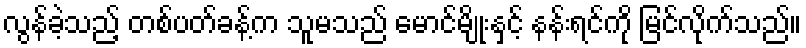
လွန်ခဲ့သည့် တစ်ပတ်ခန့်က သူမသည် မောင်မျိုးနှင့် နန်းရင်ကို မြင်လိုက်သည်။